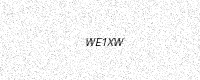
Text: WE1XW